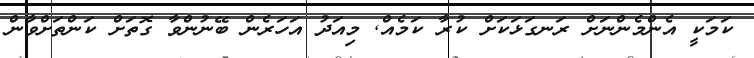
ކަމަކީ އެންމެންނަށް ރަނގަޅަކަށް ކުރާ ކަމެއް